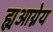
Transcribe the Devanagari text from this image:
ह्यआग्नेय